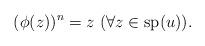
LaTeX: \begin{align*}(\phi(z))^n = z \ (\forall z \in \mathrm{sp}(u)). \end{align*}